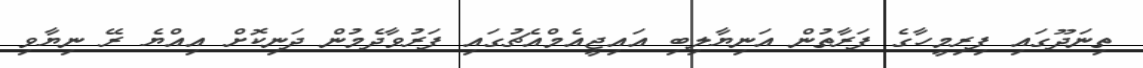
ތިނަދޫގައި ފިރިމީހާގެ ފަރާތުން އަނިޔާލިބި އައިޖީއެމްއެޗުގައި ފަރުވާދެމުން ދަނިކޮށް އިއްޔެ ރޭ ނިޔާވި